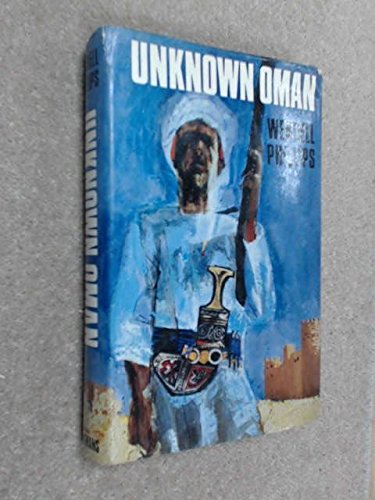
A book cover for Unknown Oman; wendell phillips; History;